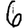
Digit: 6